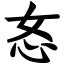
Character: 㣽